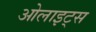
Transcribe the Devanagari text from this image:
ओलाइट्स